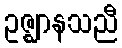
ဥဇ္ဈာနသညီ